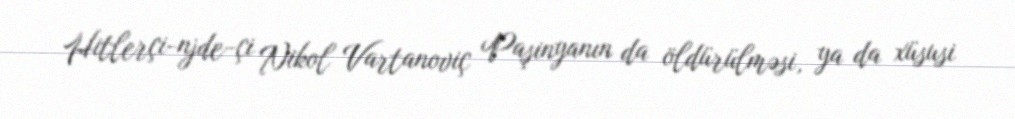
Hitlerçi-njde­çi Nikol Vartanoviç Paşinyanın da öldürülməsi, ya da xüsusi